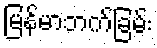
မြန်မာဘက်ခြမ်း